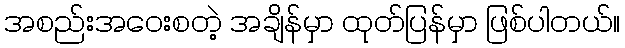
အစည်းအဝေးစတဲ့ အချိန်မှာ ထုတ်ပြန်မှာ ဖြစ်ပါတယ်။